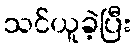
သင်ယူခဲ့ပြီး